Lock hospitals Punjab
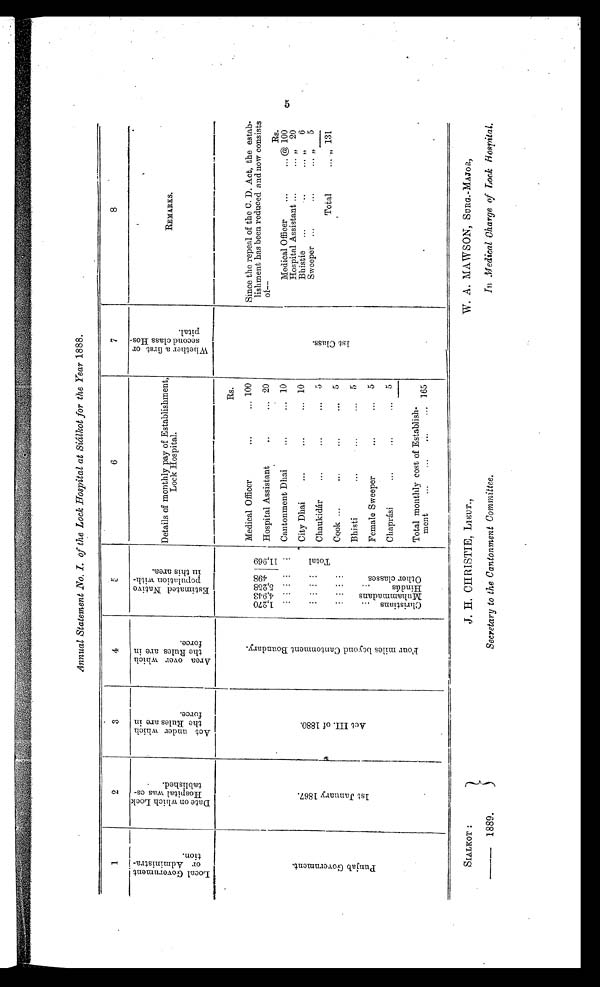
SIALKOT :
— 1889.
J. H. CHRISTIE, LIEUT.,
Secretary to the Cantonment Committee,
W. A. MAWSON, SURG.-MAJOR,
In Medical Charge of Lock Hospital.
Annual Statement No. I. of the Lock Hospital at Siálkot for the Year 1888.
1
2
3
4
5
6
7
8
L o c a l G o v e r n m e n t o r A d m i n i s t r a t i o n .
D a t e o n w h i c h L o c k H o s p i t a l w a s e s t a b l i s h e d .
A c t u n d e r w h i c h t h e R u l e s a r e i n f o r c e .
A r e a o v e r w h i c h t h e t h e R u l e s a r e i n f o r c e .
E s t i m a t e d N a t i v e p o p u l a t i o n i n t h i s a r e a .
Details of monthly pay of Establishment,
Lock Hospital.
W h e t h e r a f i r s t o r s e c o n d c l a s s H o s p i t a l .
REMARKS.
P u n j a b G o v e r n m e n t .
1 s t J a n u a r y 1 8 6 7 .
A c t I I I . o f 1 8 8 0 .
F r o m m i l e s b e y o n d C a n t o n m e n t B o n u d a r y .
Rs.
1 s t c l a s s .
Since the repeal of the C. D. Act, the estab-
lishment has been reduced and now consists
of--
1 , 2 7 1 0 4 , 9 4 3 5 , 2 5 8 4 9 8 1 1 , 9 6 9
Medical Officer
...
... 100
Hospital Assistant
. . .
. . . 20
Rs.
. . . Cantonment Dhai
...
,.. 10
Medical Officer
...
... @ 100
Hospital Assistant ...
20
T o t a l City Dhai
...
...
... 10
Bhistie ...
..
6
Sweeper ...
...
" 5
Chaukidár
. . .
. . .
. . . 5
Total
. . . , 131
. . . . . . . . . . . .
Cook ...
...
...
... 5
Bhisti
...
... 5
. . . . . . . . . . . .
Female Sweeper
...
... 5
. . . . . .
. . .
. . .
Chaprási
...
...
... 5
----
Total monthly cost of Establish-
ment
...
...
...
... 165
C h r i s t i a n s
M u h a m m a d a n s
H i n d ú s O t h e r c l a s s e s
(Crt
S